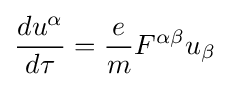
{\frac {du^{\alpha }}{d\tau }}={\frac {e}{m}}F^{\alpha \beta }u_{\beta }\;